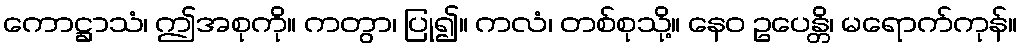
ကောဋ္ဌာသံ၊ ဤအစုကို။ ကတွာ၊ ပြု၍။ ကလံ၊ တစ်စုသို့။ နေဝ ဥပေန္တိ၊ မရောက်ကုန်။